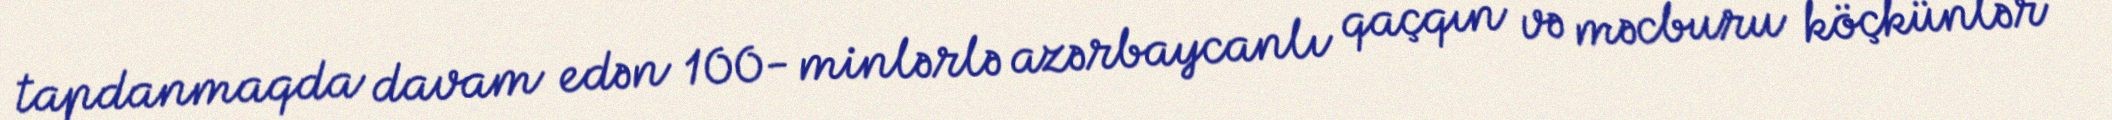
tapdanmaqda davam edən 100- minlərlə azərbaycanlı qaçqın və məcburu köçkünlər